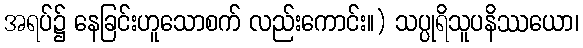
အရပ်၌ နေခြင်းဟူသောစက် လည်းကောင်း။) သပ္ပုရိသူပနိဿယော၊